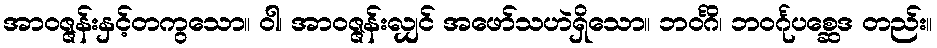
အာဝဇ္ဇန်းနှင့်တကွသော။ ဝါ၊ အာဝဇ္ဇန်းလျှင် အဖော်သဟဲရှိသော။ ဘဝင်္ဂိ၊ ဘဝင်္ဂုပစ္ဆေဒ တည်း။